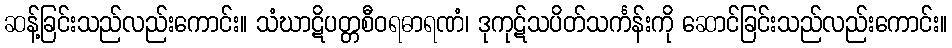
ဆန့်ခြင်းသည်လည်းကောင်း။ သံဃာဋိပတ္တစီဝရဓာရဏံ၊ ဒုကုဋ်သပိတ်သင်္ကန်းကို ဆောင်ခြင်းသည်လည်းကောင်း။